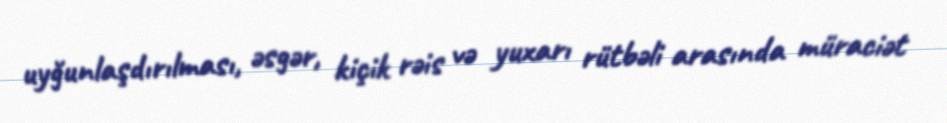
uyğunlaşdırılması, əsgər, kiçik rəis və yuxarı rütbəli arasında müraciət